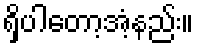
ရှိပါတော့အံ့နည်း။